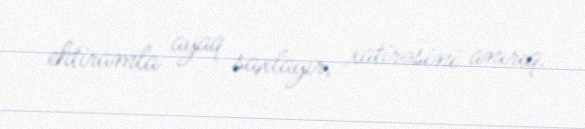
ehtiramla ayaq saxlayır, xatirəsini anırıq.